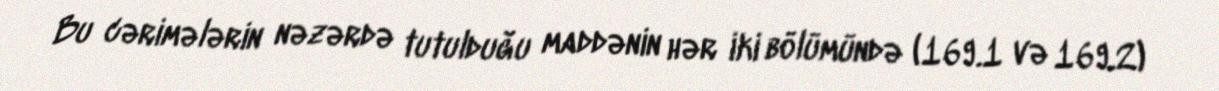
Bu cərimələrin nəzərdə tutulduğu maddənin hər iki bölümündə (169.1 və 169.2)